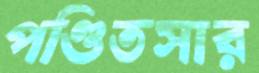
পণ্ডিতসার